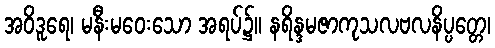
အဝိဒူရေ၊ မနီးမဝေးသော အရပ်၌။ နရိန္ဒမဇာကုသလဗလနိပ္ပတ္တေ၊